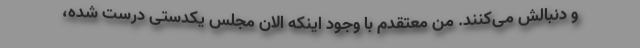
و دنبالش می‌کنند. من معتقدم با وجود اینکه الان مجلس یکدستی درست شده،